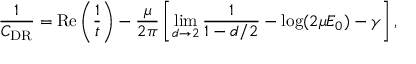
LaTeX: \frac { 1 } { C _ { \mathrm { D R } } } = \mathrm { R e } \left( \frac { 1 } { t } \right) - \frac { \mu } { 2 \pi } \left[ \operatorname * { l i m } _ { d \rightarrow 2 } \frac { 1 } { 1 - d / 2 } - \log ( 2 \mu E _ { 0 } ) - \gamma \right] ,